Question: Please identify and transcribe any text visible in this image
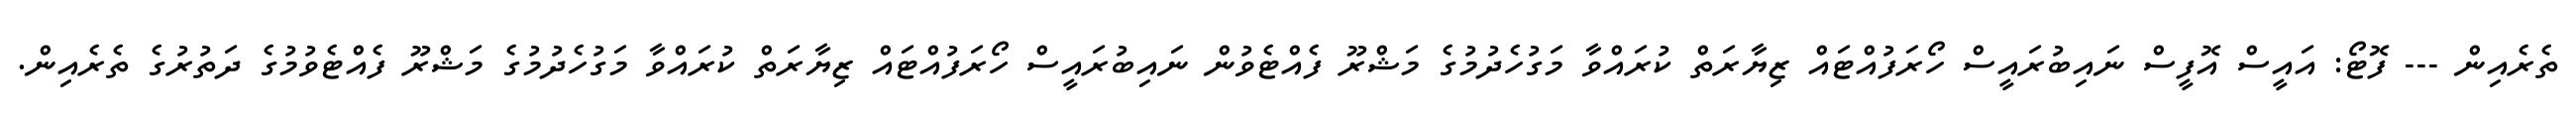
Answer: ތެރެއިން --- ފޮޓޯ: އައީސް އޮފީސް ނައިބުރައީސް ހޯރަފުއްޓައް ޒިޔާރަތް ކުރައްވާ މަގުހެދުމުގެ މަޝްރޫ ފެއްޓެވުން ނައިބުރައީސް ހޯރަފުއްޓައް ޒިޔާރަތް ކުރައްވާ މަގުހެދުމުގެ މަޝްރޫ ފެއްޓެވުމުގެ ދަތުރުގެ ތެރެއިން.